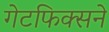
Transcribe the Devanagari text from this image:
गेटफिक्सने